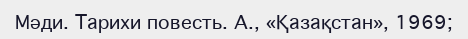
Мәди. Тарихи повесть. А., «Қазақстан», 1969;